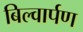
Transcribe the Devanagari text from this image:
बिल्वार्पण